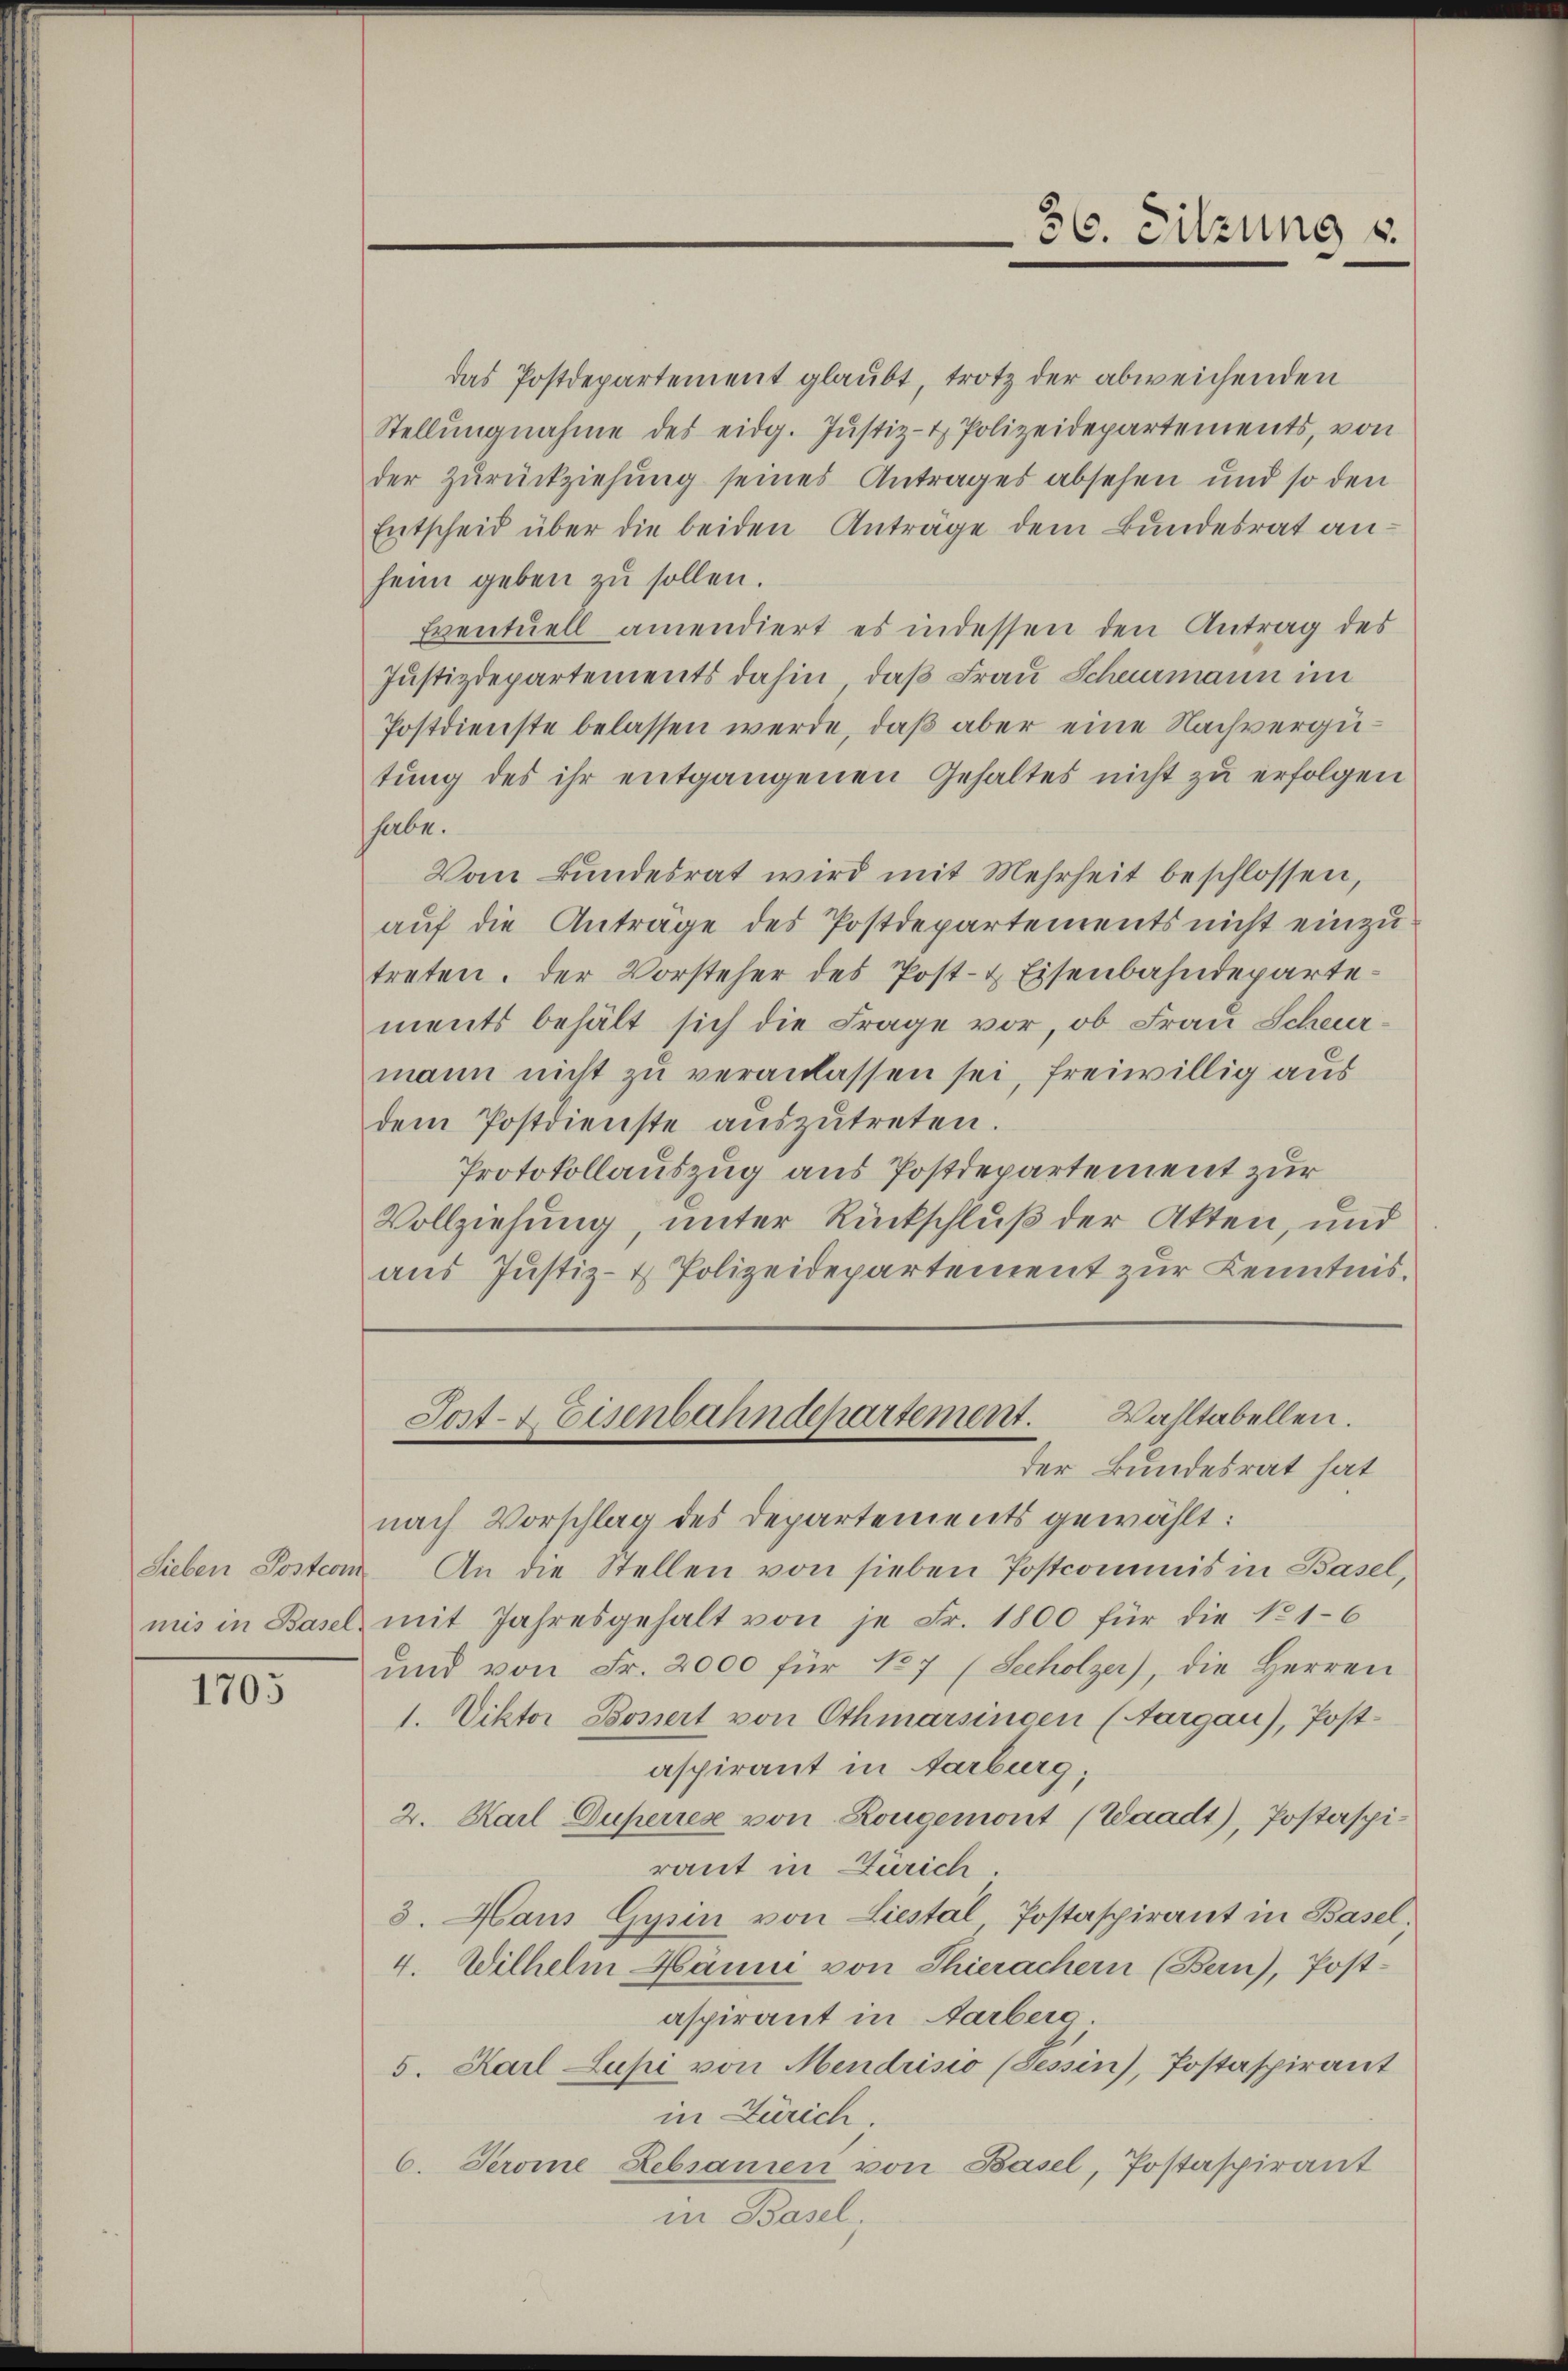
Sieben Postcom
miis in Basel.

1703

36. Sitzung u.

das Postdepartement glaubt, trotz der abweichenden
Stellŭngnahme des eidg. Jŭstiz- & Polizeidepartements, von
der Zurückziehung seines Antrages absehen und so den
Entscheid über die beiden Anträge dem Bundesrat anheim geben zu sollen.
Eventuell amendiert es indessen den Antrag des
Justizdepartements dahin, daß Frau Scheurmann im
Postdienste belassen werde, daß aber eine Nachvergütŭng des ihr entgangenen Gehaltes nicht zu erfolgen
habe.
Vom Bundesrat wird mit Mehrheit beschlossen,
auf die Antrage des Postdepartements nicht einzutreten. Der Vorsteher des Post- & Eisenbahndepartements behält sich die Frage vor, ob Frau Scheurmann nicht zu veranlassen sei, freiwillig aus
dem Postdienste aŭszŭtreten.
Protokollauszug aus Postdepartement zur
Vollziehung, unter Rückschluß der Akten, und
aus Justiz- & Polizeidepartement zur Kenntnis.
Sost- & Eisenbahndepartement. Wahltabellen.
der Bundesrat hat
nach Vorschlag des Departements gewählt:
An die Stellen von sieben Postcommis in Basel,
mit Jahresgehalt von je Fr. 1800 für die No 1–6
und von Fr. 2000 für 127 (Scholzer), die Herren
1. Viktor Bossert von Othmarsinsen (Aargau), Post-
aspirant in Aarburg,
2. Karl Duperiese von Rougemont (Waadt), Postaspiraut in Zürich.
3. Haus Gysin von Liestal, Postaspirant in Basel,
4. Wilhelm Hämme von Thierachern (Bern), Post-
aspirant in Aarber.
5. Karl Lupi von Mendrisio (Tessin), Postaspirant
in Zürich.
6. Seroine Rebsamen von Basel, Postaspirant
in Basel,